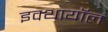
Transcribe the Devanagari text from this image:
इक्थायॉल